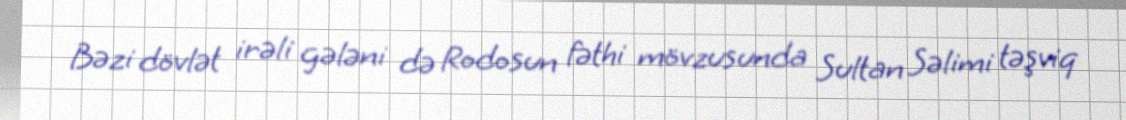
Bəzi dövlət irəli gələni də Rodosun fəthi mövzusunda Sultan Səlimi təşviq